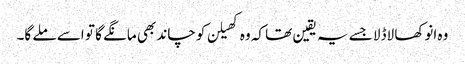
وہ انوکھا لاڈلا جسے یہ یقین تھا کہ وہ کھیلن کو چاند بھی مانگے گا تو اسے ملے گا۔